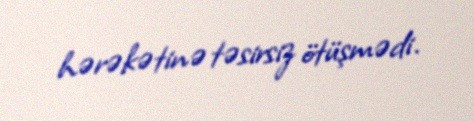
hərəkətinə təsirsiz ötüşmədi.